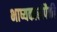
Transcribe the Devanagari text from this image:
भाष्यकारांपैकी